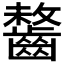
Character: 𪘻